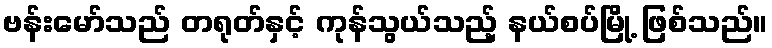
ဗန်းမော်သည် တရုတ်နှင့် ကုန်သွယ်သည့် နယ်စပ်မြို့ ဖြစ်သည်။